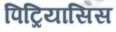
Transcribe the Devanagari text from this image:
पिट्रियासिस